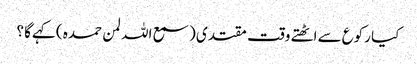
کیا رکوع سے اٹھتے وقت مقتدی ( سمع اللہ لمن حمدہ ) کہےگا ؟